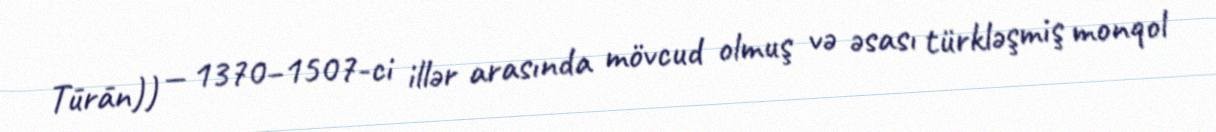
Tūrān)) — 1370–1507-ci illər arasında mövcud olmuş və əsası türkləşmiş monqol